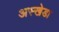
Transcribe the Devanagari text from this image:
अस्खेडा